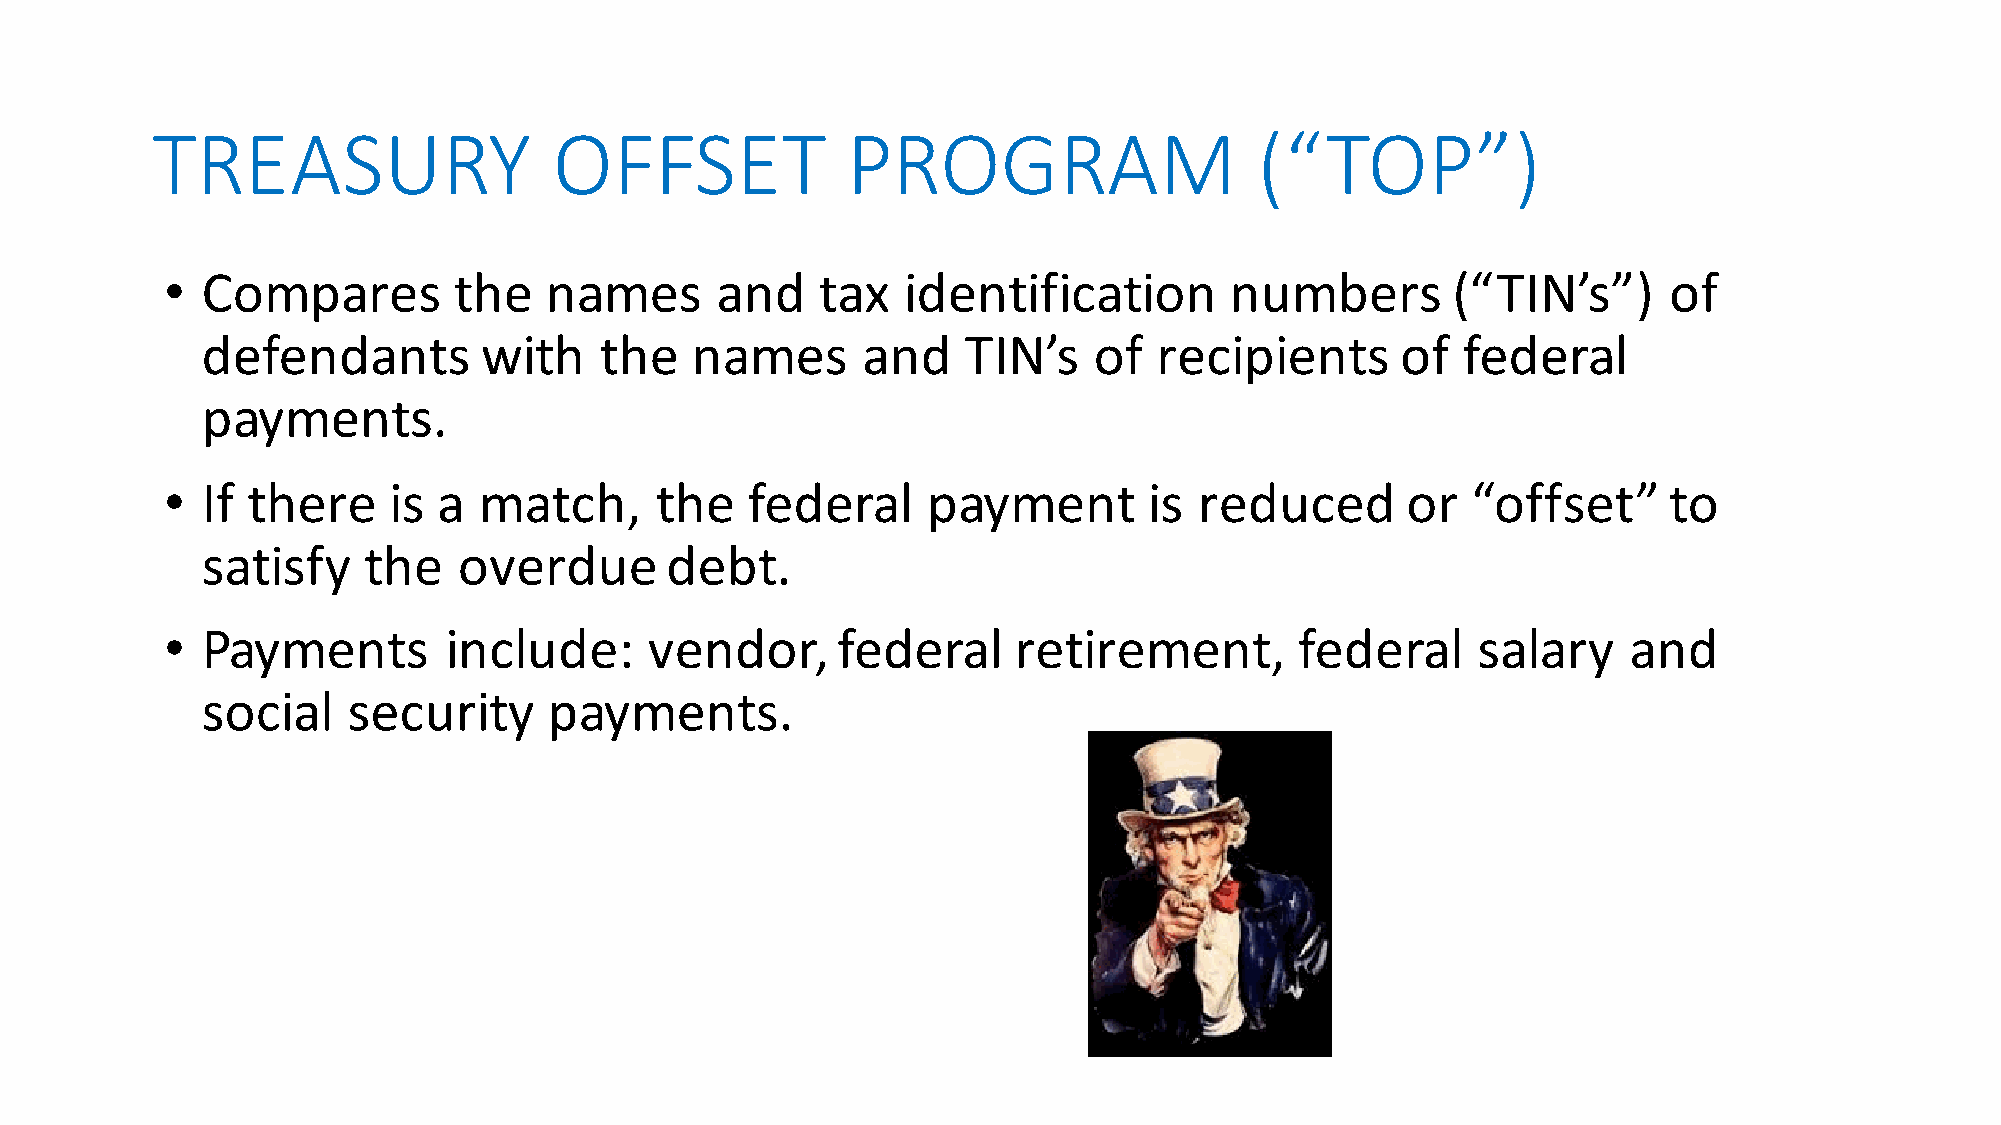
TREASURY                   OFFSET             PROGRAM                    (“TOP”)
 • Compares         the   names      and    tax   identification       numbers        (“TIN’s”)     of
 defendants         with    the   names      and    TIN’s   of   recipients      of  federal
 payments.
 • If there     is a  match,     the   federal     payment        is reduced       or  “offset”     to
 satisfy    the   overdue       debt.
 • Payments        include:      vendor,     federal     retirement,        federal     salary    and
 social    security     payments.